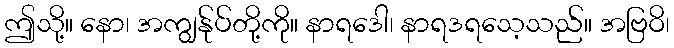
ဤသို့။ နော၊ အကျွန်ုပ်တို့ကို။ နာရဒေါ၊ နာရဒရသေ့သည်။ အဗြဝိ၊